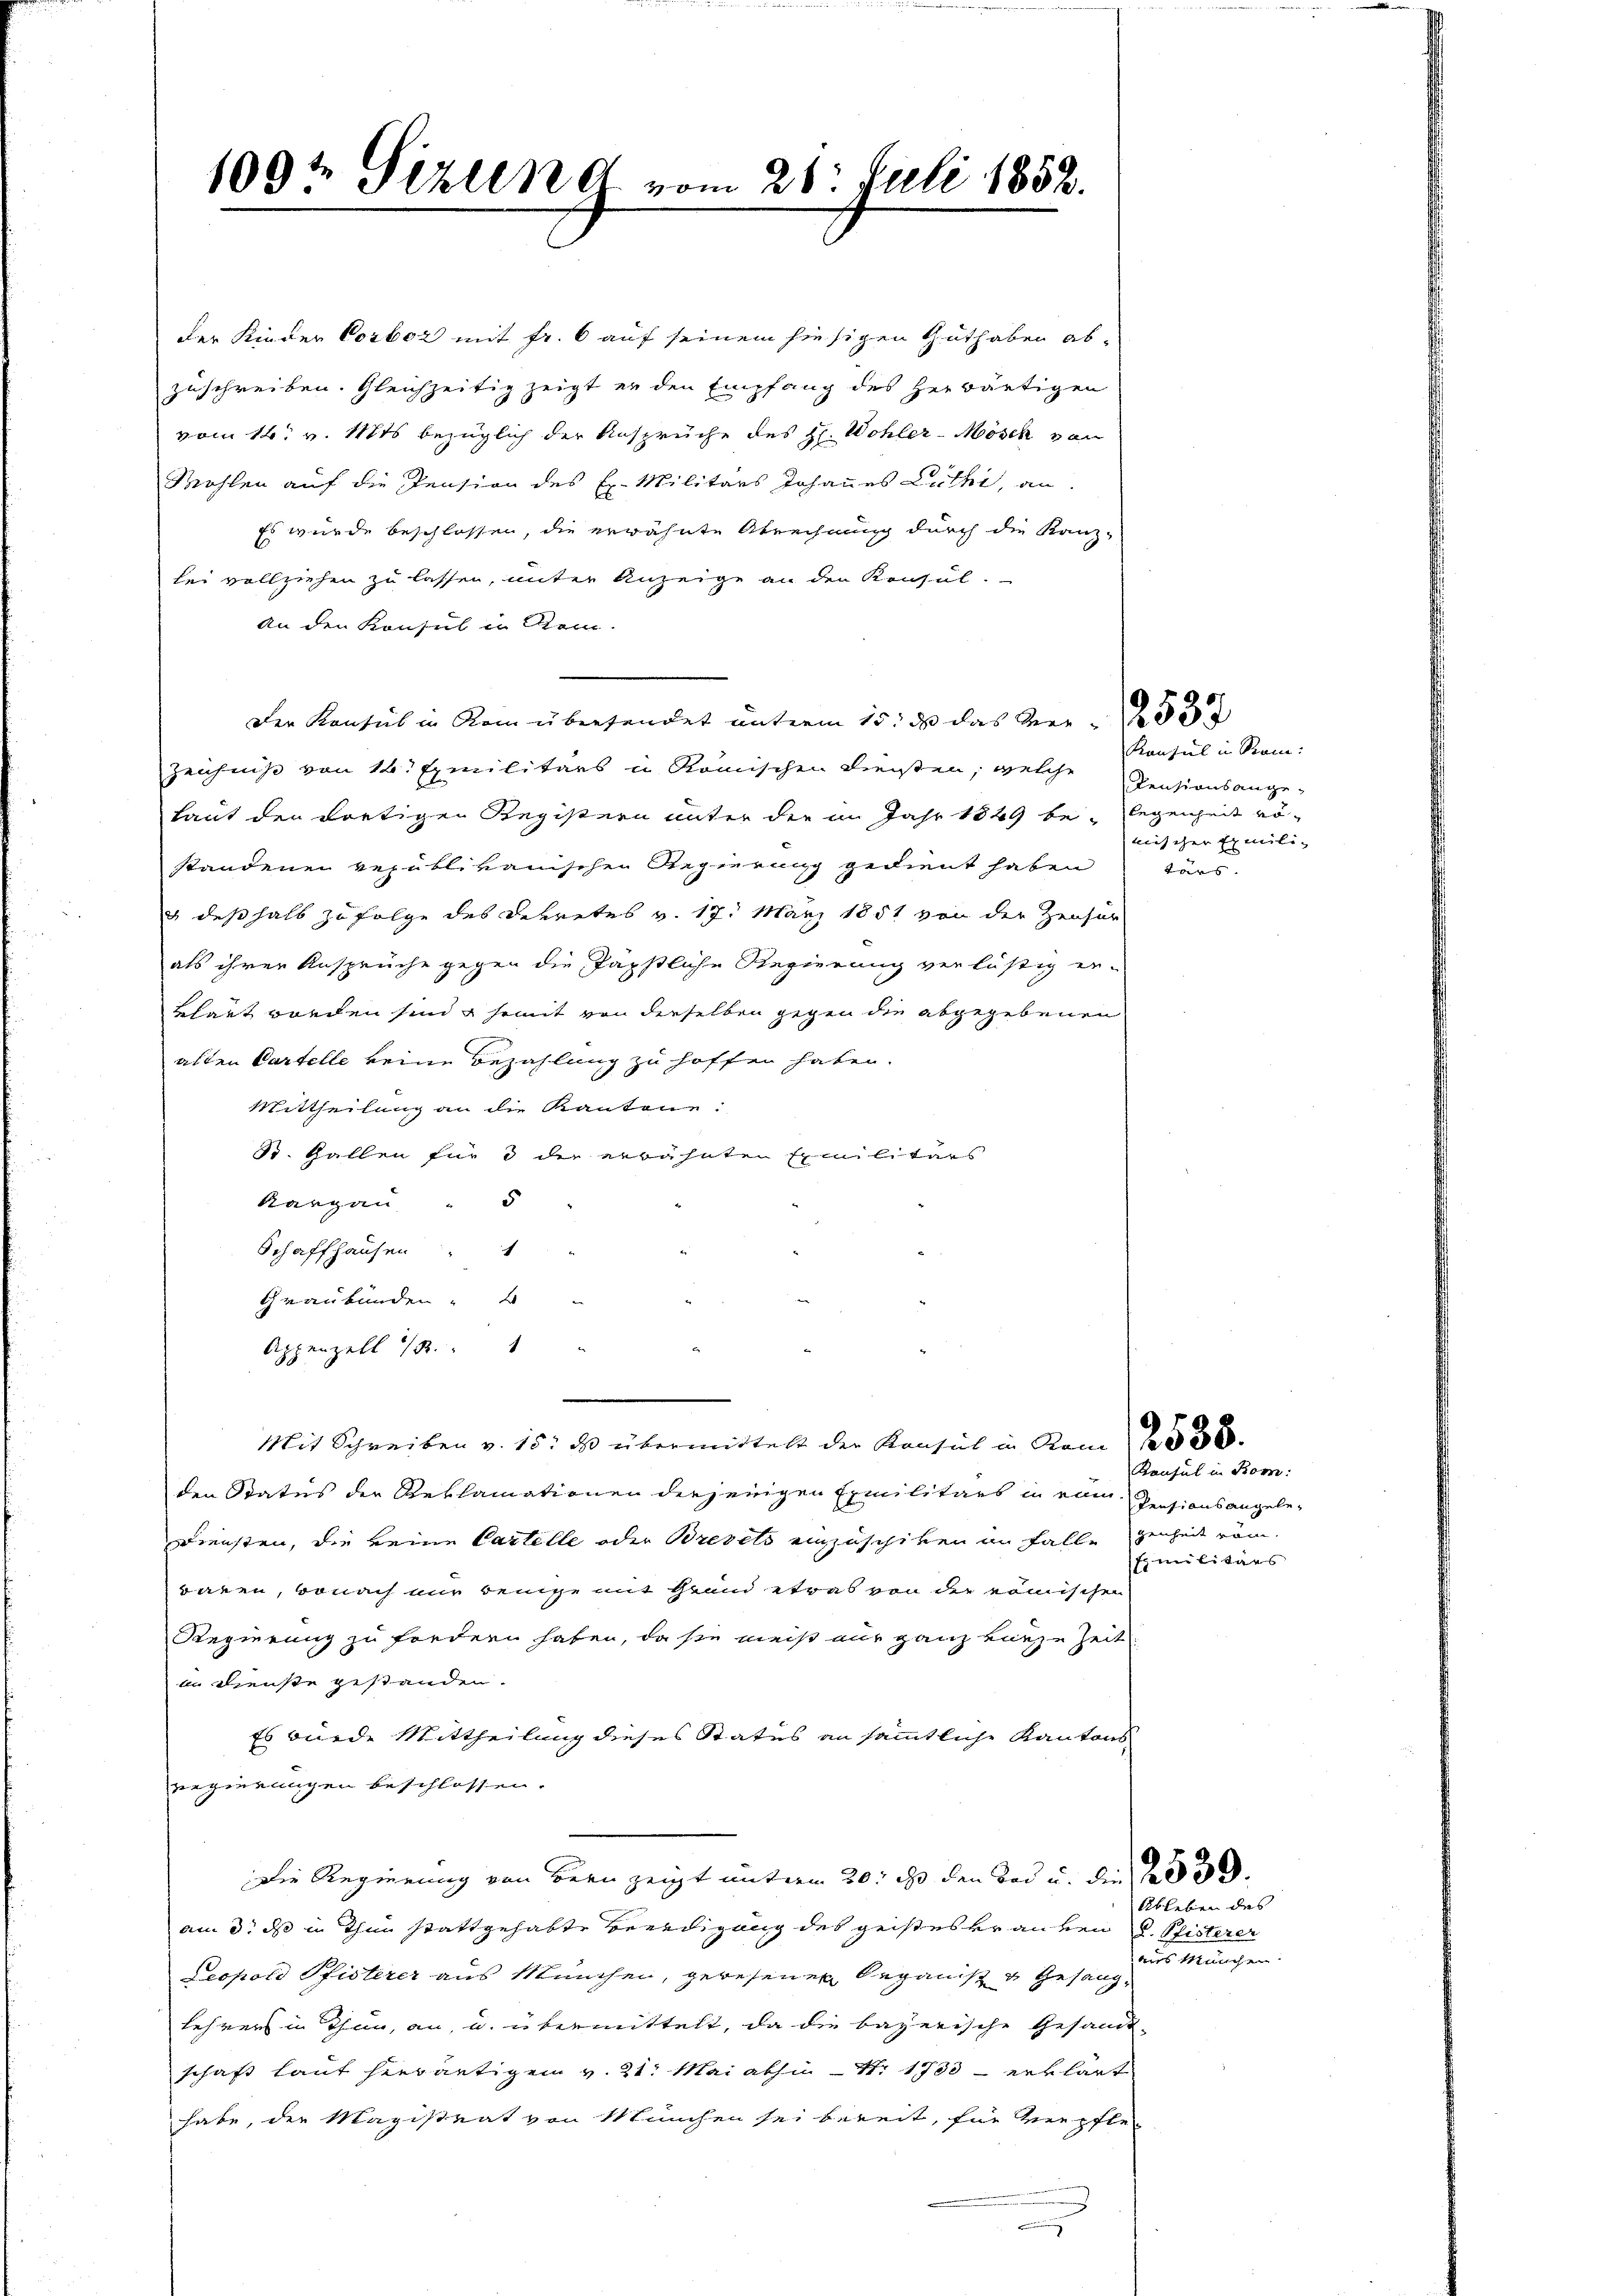
109t Pizleng vom 28. Juli 1852.

der Kinder Corboz mit Fr. 6 auf seinem hiesigen Guthaben ab-
zuschreiben. Gleichzeitig zeigt er den Empfang des herwärtigen
vom 16. v. Mts. bezüglich der Ansprüche des H. Wohler-Mösch von
Wohlen auf die Pension des E. Militärs Johannes Luthe, an
Es wurde beschlossen, die erwähnte Abrechnung durch die Kanz-
lei vollziehen zu lassen, unter Anzeige an den Konsul.
An den Konsul in Rein.
Der Konsul in Rom übersendet unterm 15. ds das Ver
Zeichniß von 16. Emilitärs in Römischen diesen, welche
Laut der dortigen Registern unter der im Jahr 1849 belegenheit röstandenen republikanischen Regierung gedient haben tärs.
& deßhalb zu folge des Dekretes v. 17. März 1851 von der Zensur
als ihren Ansprüche gegen die Jäpstliche Regierung verlästig er-
bhart worden sind semit von derselben gegen die abgegebenen
alten Partelle keine Bezahlung zu hoffen haben.
Mittheilung an die Kantone:
S. Gallen für 3 die erwähnten Emilitärs
Kargau " 5
Schaffhausen . 1
Graubünden
Appenzell 32. 1
Mit Schreiben v. 15. ds übermittelt der Konsul in Rom 30.
den Status der Reklamationen derjenigen Exmilitärs in eine Pensionsangele-
Diensten, die keine Cartelle oder Brevets einzuschiken an Falle genheit röm.
raben, wonach nur wenige mit Grund etwas von der römischen
Regierung zu fordern haben, da sie meist aus ganz einzu Zeit
in Dienste gestanden.
Es würde Mittheilung dieses Status an sämmtliche Kantons-
zegierungen beschlossen.
Die Regierung von Bern zeigt unterm 20. ds. den Tod u. die
am 3. ds in Ihm stattgehabte Beerdigung des geisteskranken u. Pfisterer
Leopold Pfisterer aus München, gewesenen Organis u Gesanglehren in Thun, an, u. übermittelt, da die bayerische Gesandt-
schaft laut herwärtigen v. 21. Mai abhin Nr. 1733 - erklärt
habe, der Magistrat von München sei bereit, für verpfle
.

Konsul in Sam:
Pensionsangemischer Emilie

Konsul in Kom
similitärs

Ableben des
aus Manchen.